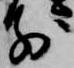
前